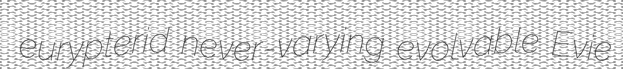
eurypterid never-varying evolvable Evie